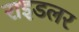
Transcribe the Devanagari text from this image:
राइडलर